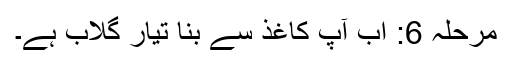
مرحلہ 6: اب آپ کاغذ سے بنا تیار گلاب ہے۔